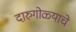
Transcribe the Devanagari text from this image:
दारुगोळ्याचे